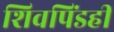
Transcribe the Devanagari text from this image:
शिवपिंडही